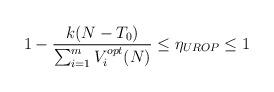
LaTeX: \begin{align*}1-\frac{k(N-T_0)}{\sum_{i=1}^m V_i^{opt}(N)}\leq \eta_{UROP}\leq 1\end{align*}